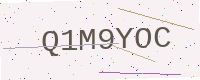
Text: Q1M9YOC